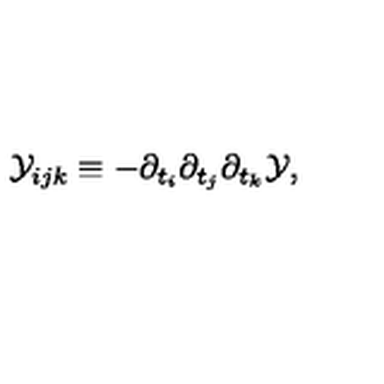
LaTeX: { \cal Y } _ { i j k } \equiv - \partial _ { t _ { i } } \partial _ { t _ { j } } \partial _ { t _ { k } } { \cal Y } ,